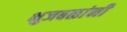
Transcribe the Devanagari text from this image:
भुजबळांनी